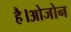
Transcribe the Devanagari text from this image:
है।ओजोन